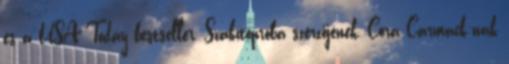
és a USA Today bestseller, Szakítópróba szerzőjének, Cora Carmack-nak